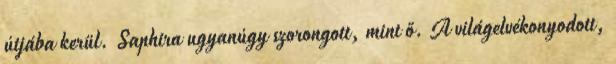
útjába kerül. Saphira ugyanúgy szorongott, mint ő. A világelvékonyodott,